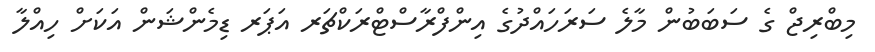
މިބްރިޖް ގެ ސަބަބުން މާލެ ސަރަހައްދުގެ އިންފްރާސްޓްރަކްޗަރ އަޕަރ ޑިމެންޝަން އަކަށް ހިއްލާ